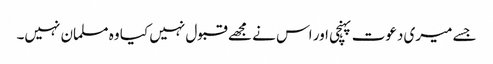
جسے میری دعوت پہنچی اور اس نے مجھے قبول نہیں کیا وہ مسلمان نہیں۔